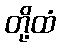
တို့ထံ